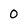
Character: 0